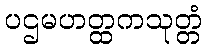
ပဌမဟတ္ထကသုတ္တံ